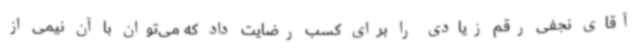
آقای نجفی رقم زیادی را برای کسب رضایت داد که می‌توان با آن نیمی از